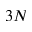
3 N